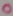
Text: 0